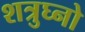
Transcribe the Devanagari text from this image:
शत्रुघ्नो